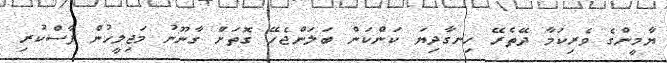
ޔާމީންގެ ވެރިކަމާ ދޭތެރޭ ހިނގާދިޔަ ކަންކަން ބަލަންޖެހޭ ގޮތަށް ގާނޫނު މަޖިލީހުން ފާސްކުރި